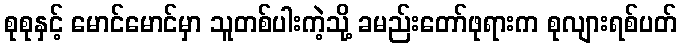
စုစုနှင့် မောင်မောင်မှာ သူတစ်ပါးကဲ့သို့ ခမည်းတော်ဖုရားက စုလျားရစ်ပတ်